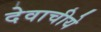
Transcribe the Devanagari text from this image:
देवाचीये